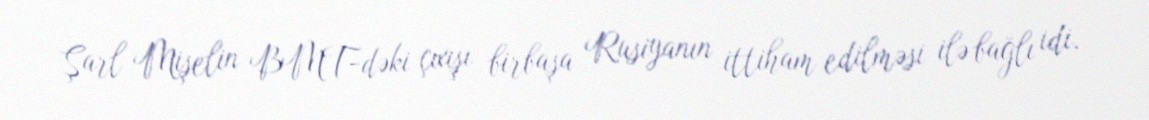
Şarl Mişelin BMT-dəki çıxışı birbaşa Rusiyanın ittiham edilməsi ilə bağlı idi.